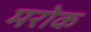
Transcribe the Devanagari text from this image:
मरोक